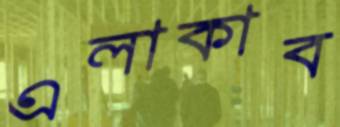
এলাকাব